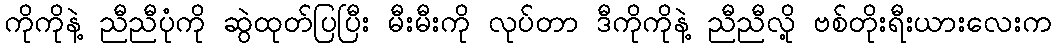
ကိုကိုနဲ့ ညီညီပုံကို ဆွဲထုတ်ပြပြီး မီးမီးကို လုပ်တာ ဒီကိုကိုနဲ့ ညီညီလို့ ဗစ်တိုးရီးယားလေးက